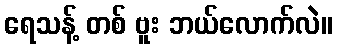
ရေသန့် တစ် ဗူး ဘယ်လောက်လဲ။